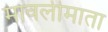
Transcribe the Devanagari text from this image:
मावलीमाता